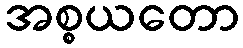
အစ္စယတော